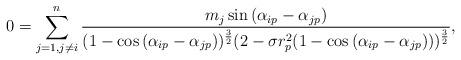
LaTeX: \begin{align*} 0=\sum\limits_{j=1, j\neq i}^{n}\frac{m_{j}\sin{(\alpha_{ip}-\alpha_{jp})}}{(1-\cos{(\alpha_{ip}-\alpha_{jp})})^{\frac{3}2}(2-\sigma r_{p}^{2}(1-\cos{(\alpha_{ip}-\alpha_{jp})}))^{\frac{3}{2}}}, \end{align*}